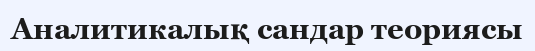
Аналитикалық сандар теориясы